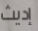
إديث